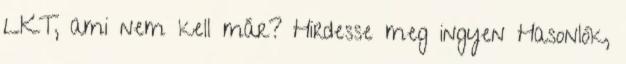
LKT, ami nem kell már? Hirdesse meg ingyen Hasonlók,